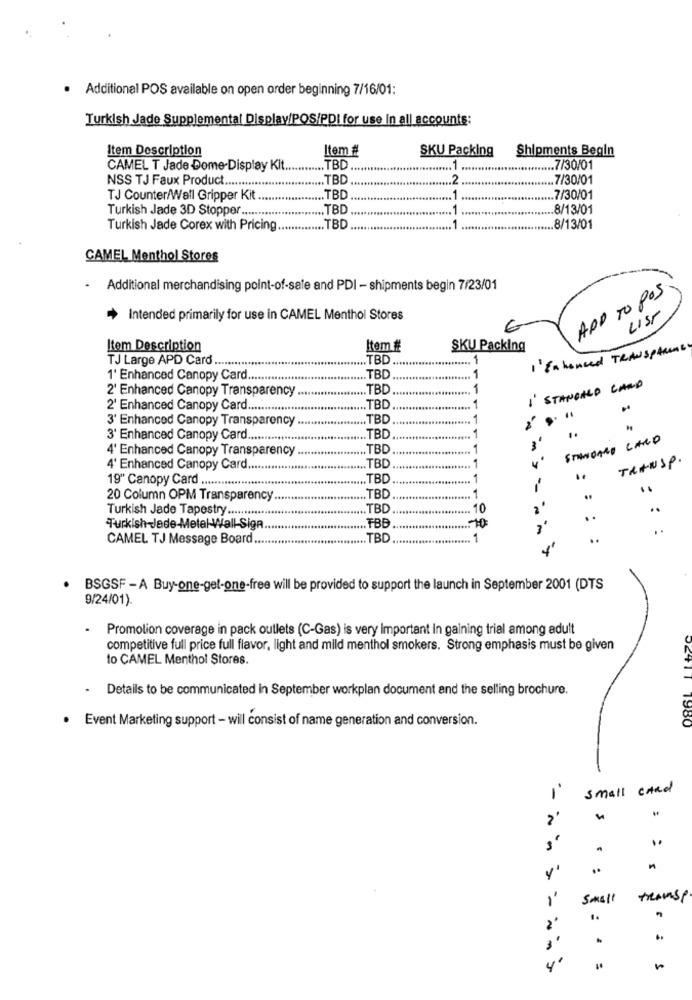
· Additional POS available on open order beginning 7/16/01:
Turkish Jade Supplemental Display/POS/PDI for use In all accounts:
Item Description
Item #
SKU Packing
Shipments Begin
CAMEL T Jade Dome-Display Kit ...
.TBD
........ 1
.7/30/01
NSS TJ Faux Product ...........
TBD
... 2
7/30/01
TJ Counter/Wall Gripper Kit
.TBD
7/30/01
Turkish Jade 3D Stopper ........
TBD
.. 1
8/13/01
Turkish Jade Corex with Pricing
.. TBD
.. 8/13/01
CAMEL Menthol Stores
.
Additional merchandising point-of-sale and PDI - shipments begin 7/23/01
ADD TO POS.
LIST
Intended primarily for use in CAMEL Menthol Stores
6
Item Description
Item #
SKU Packing
I' En honeed TRANSPARENE.
TJ Large APD Card .......
... TBD
.1
1' Enhanced Canopy Card ..
.TBD
1
2' Enhanced Canopy Transparency ..
.. TBD
1
1. STANFALD CARD
2' Enhanced Canopy Card ...
.. TBD
.....
1
3' Enhanced Canopy Transparency
TBD
1
..
3' Enhanced Canopy Card .......
.. TBD
1
STANDARD CARD
4' Enhanced Canopy Transparency
TB
1
TRANSP.
4' Enhanced Canopy Card ....
TB
1
19" Canopy Card ..
TBD
-. 1
20 Column OPM Transparency ..
.TBD
1
Turkish Jade Tapestry ..............
.TBD
10
2
..
Turkish-Jade-Metal Wall-Sign
.. TBB
CAMEL TJ Message Board ..
TBD
1
..
.
BSGSF - A Buy-one-get-one-free will be provided to support the launch in September 2001 (DTS
9/24/01).
.
Promotion coverage in pack outlets (C-Gas) is very Important In gaining trial among adult
competitive full price full flavor, light and mild menthol smokers. Strong emphasis must be given
to CAMEL Menthol Stores.
Details to be communicated in September workplan document and the selling brochure.
· Event Marketing support - will consist of name generation and conversion.
1980
small cAnd
1
..
y'
Small
TRANSP.
-
..
2'
..
3
S